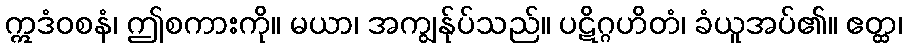
ဣဒံဝစနံ၊ ဤစကားကို။ မယာ၊ အကျွန်ုပ်သည်။ ပဋိဂ္ဂဟိတံ၊ ခံယူအပ်၏။ ဧတ္ထ၊